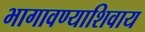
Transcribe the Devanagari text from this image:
भागावण्याशिवाय